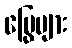
မြွေများ